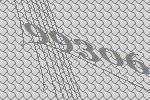
99306